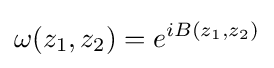
\omega (z_{1},z_{2})=e^{iB(z_{1},z_{2})}